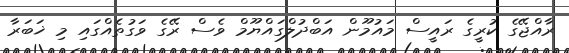
ރާއްޖޭގެ ކުރީގެ ރައީސް މައުމޫން އަބްދުލްގައްޔޫމް ވެސް ރޭގެ ވަގުތެއްގައި މި ޚަބަރާ